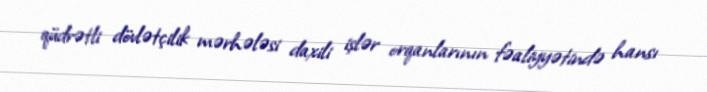
qüdrətli dövlətçilik mərhələsi daxili işlər orqanlarının fəaliyyətində hansı